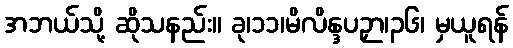
အဘယ်သို့ ဆိုသနည်း။ ခု၊၁၁၊မိလိန္ဒပဉှာ၊၃၆၊ မှယူရန်